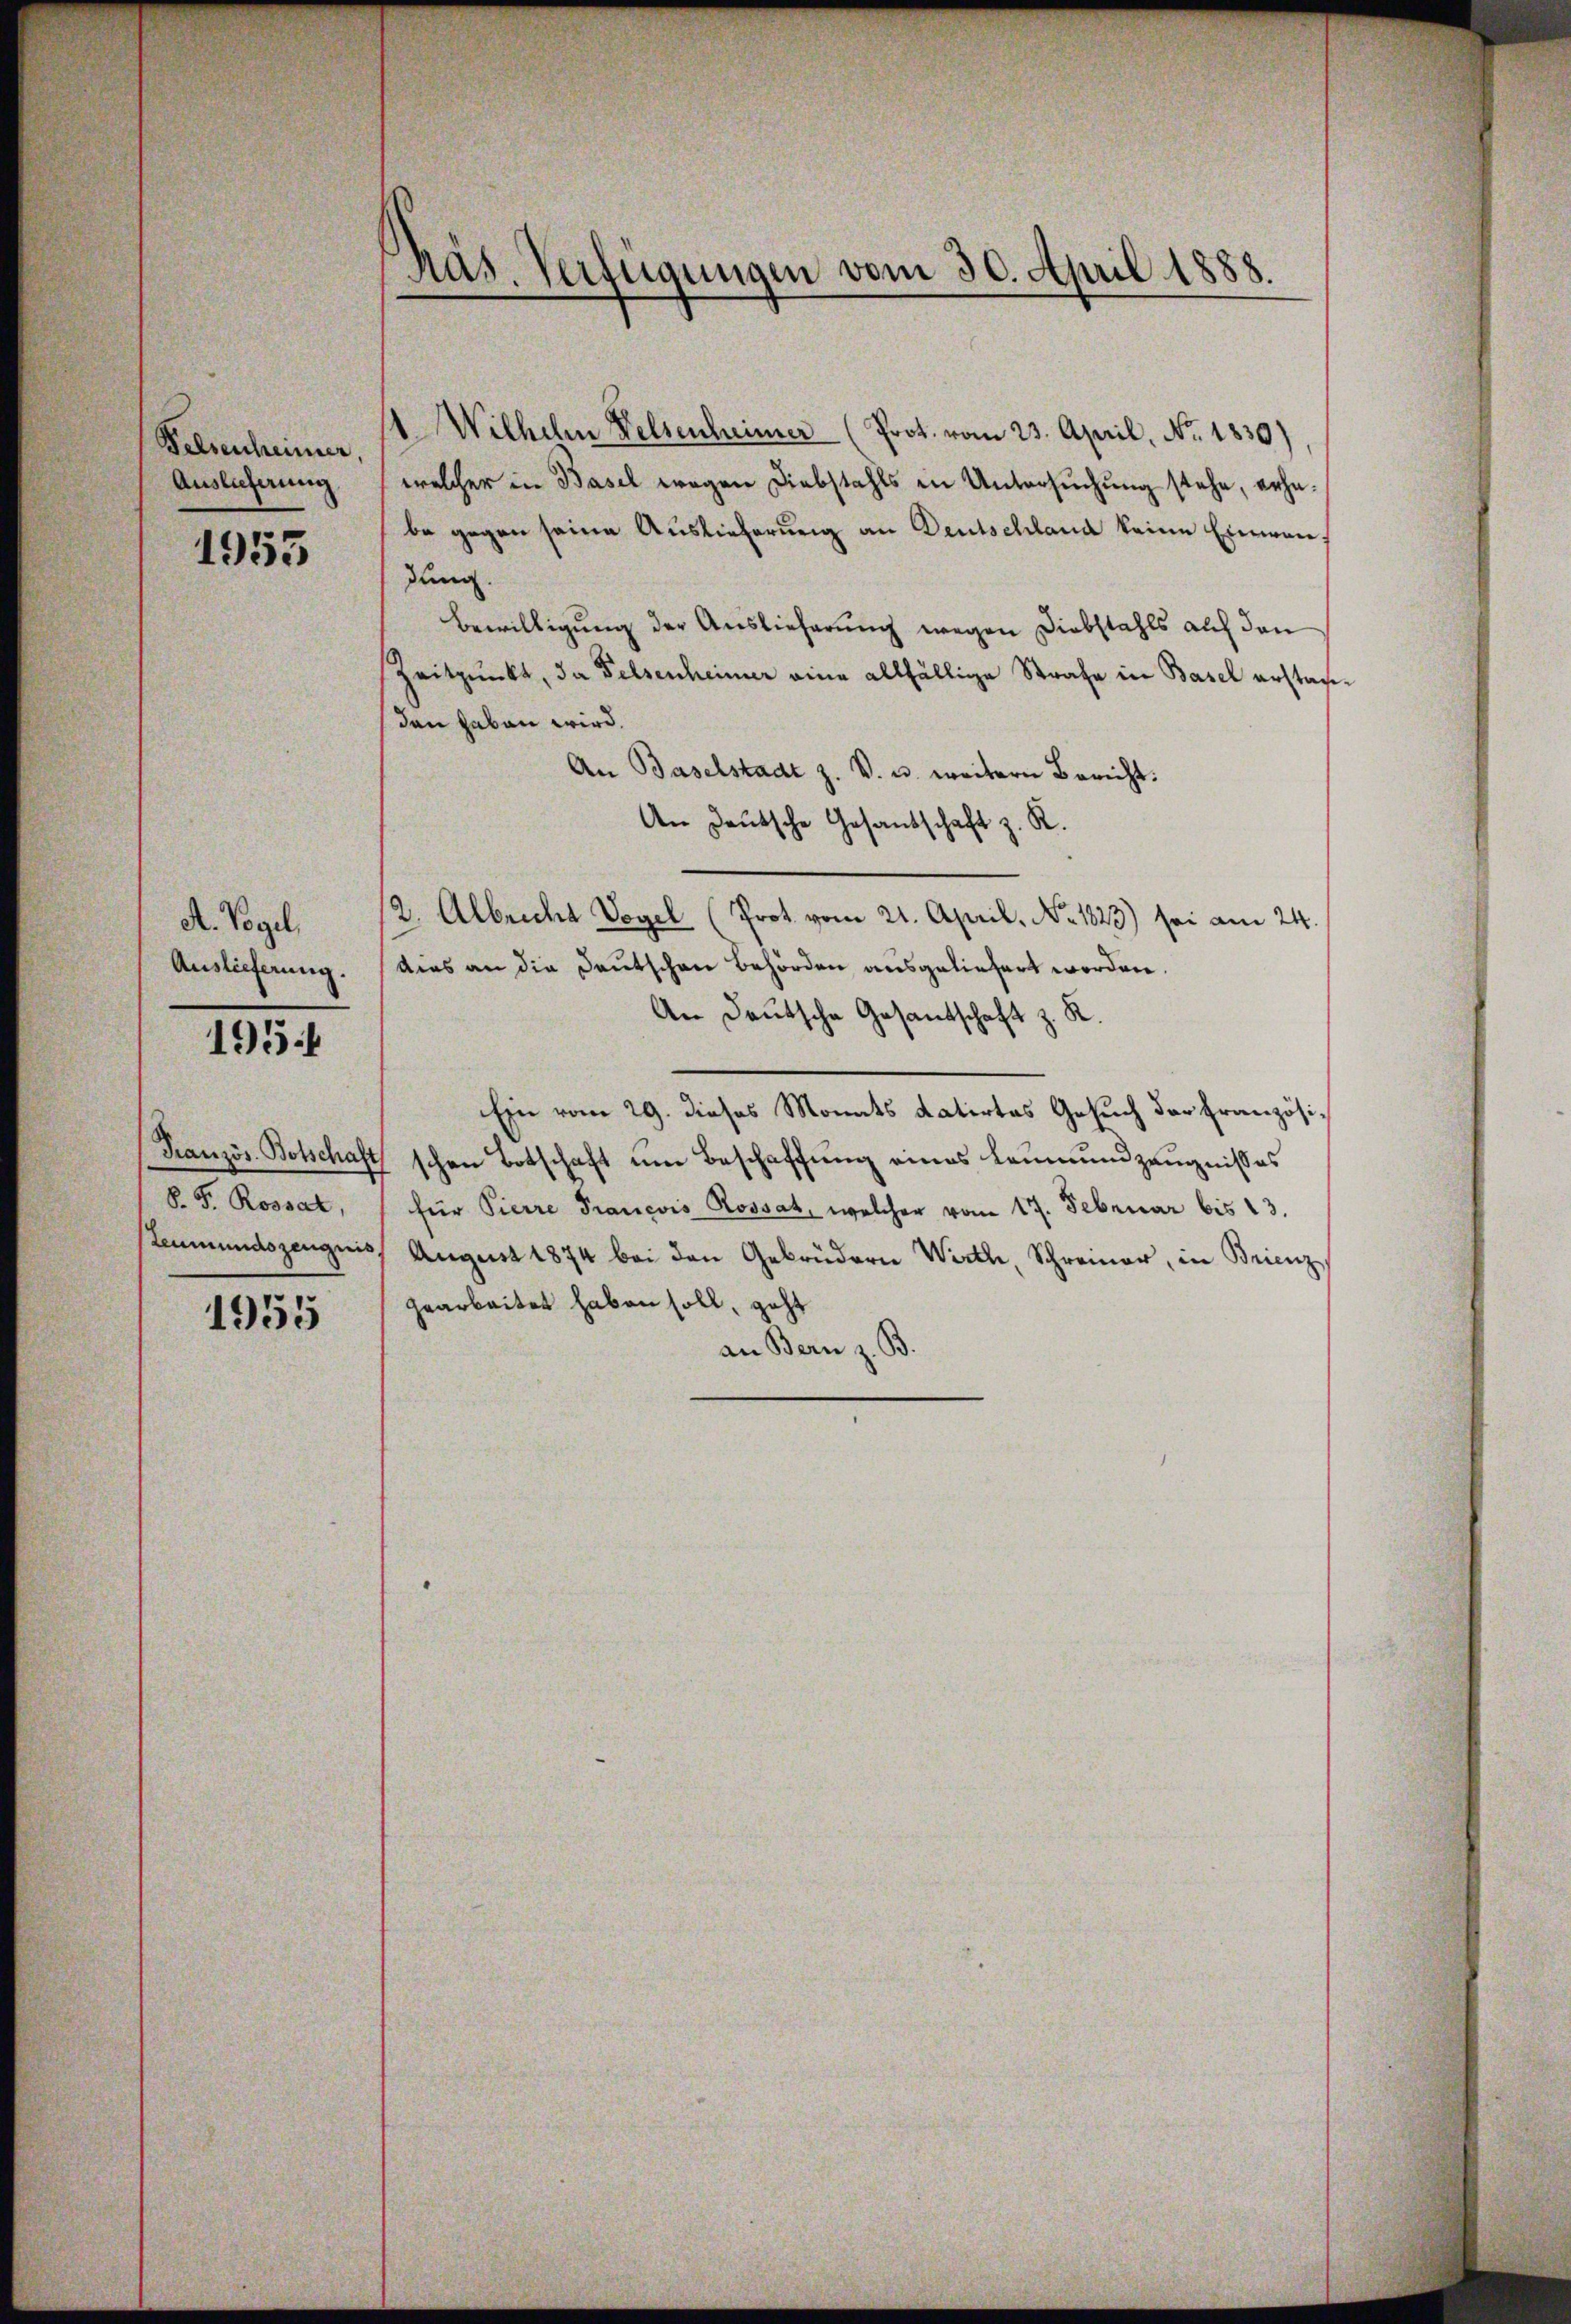
Felsenheimer,
Auslieferung

1953

A. Vogel,
Auslieferung.

195

8. F. Rossar,

1955

.
räs. Verfügungen vom 30. April 1888.

1 Wilhelm Felsenheimer (Prot. vom 23. April, No. 1830)
welcher in Basel wegen Diebstahls in Untersuchung stehe, erhabe gegen seine Auslieferung an Deutschland keine Einen,
dung.
Bewilligung der Auslieferung wegen Diebstahls auf den
Zeitpunkt, da Felsenheimer eine allfällige Strafe in Basel erstage-
den haben wird.
An Baselstadt z. V. u. weitern Bericht:
An Deutsche Gesandschaft z. R.
2. Albrecht Vogel (Prot. vom 21. April, No. 1823) sei am 24.
dies an die Deutschen Behörden ausgeliefert worden.
An Deutsche Gesandtschaft z. R.
Ein vom 29. dieses Monats datirtes Gesuch der Französi¬
Französ. Botschaft schon Botschaft um Beschaffung eines Leumund zeugnisses
für Pierre Pranevis Rossat, welcher vom 17. Februar bis 13.
steumundszeugnis, August 1874 bei den Gebrüdern Wirth, Schreiner, in Brienz
gearbeitet haben soll, geht
an Bern z. B.